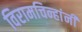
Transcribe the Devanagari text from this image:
विरामचिन्हांनी